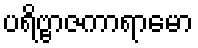
ပရိဗ္ဗာဇကာရာမော